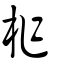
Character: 柞